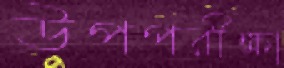
উপপরীক্ষা